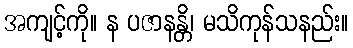
အကျင့်ကို။ န ပဇာနန္တိ၊ မသိကုန်သနည်း။